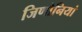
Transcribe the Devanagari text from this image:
जिणोनियां